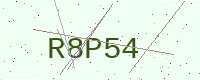
Text: R8P54